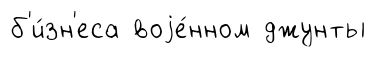
б'и́зн'еса воjе́нном джунты